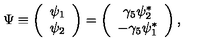
\Psi \equiv \left( \begin{array} { c } { \psi _ { 1 } } \\ { \psi _ { 2 } } \\ \end{array} \right) = \left( \begin{array} { c } { \gamma _ { 5 } \psi _ { 2 } ^ { * } } \\ { - \gamma _ { 5 } \psi _ { 1 } ^ { * } } \\ \end{array} \right) ,